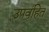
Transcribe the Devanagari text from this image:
उपवृंहित